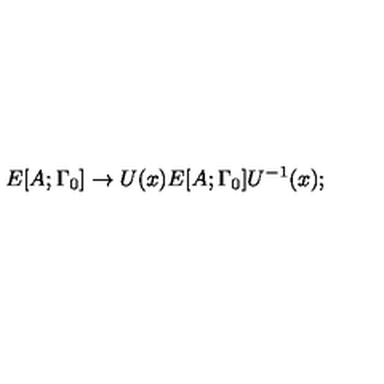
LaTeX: E [ A ; \Gamma _ { 0 } ] \rightarrow U ( x ) E [ A ; \Gamma _ { 0 } ] U ^ { - 1 } ( x ) ;